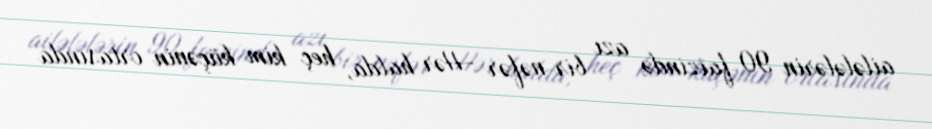
ailələlərin 90 faizində azı bir nəfər -Hər halda, heç kim küçənin ortasında